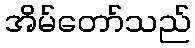
အိမ်တော်သည်